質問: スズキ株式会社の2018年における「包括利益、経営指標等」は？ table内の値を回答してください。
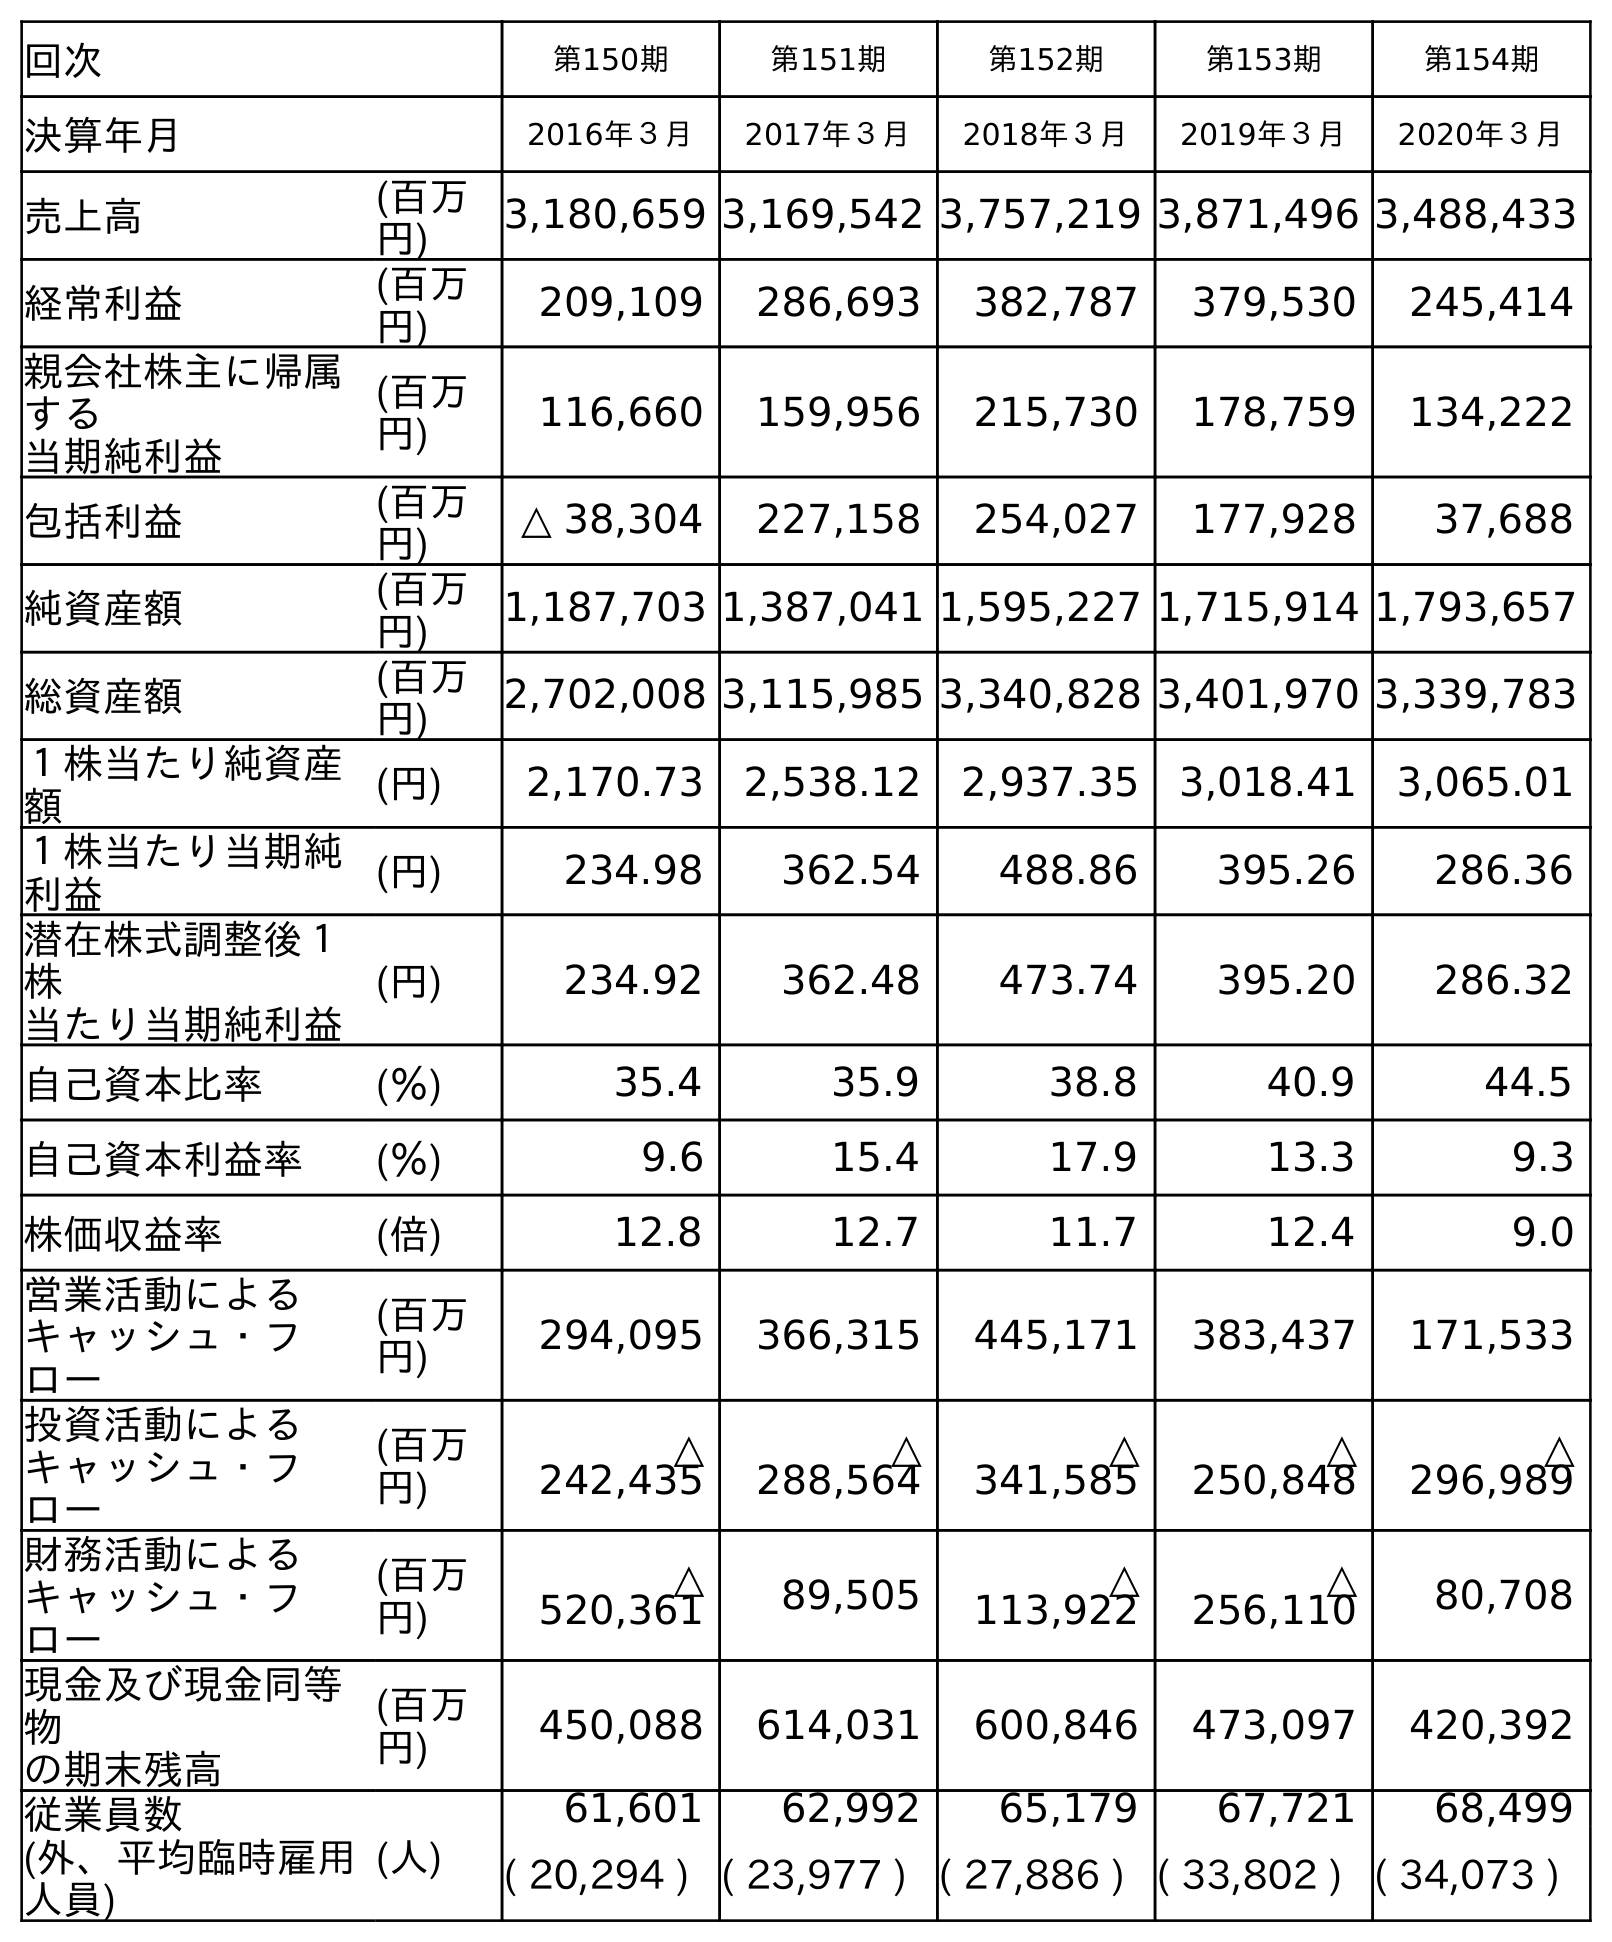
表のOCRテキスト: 回次 第150期 第151期 第152期 第153期 第154期 決算年月 2016年３月 2017年３月 2018年３月 2019年３月 2020年３月 売上高 (百万 円) 3,180,659 3,169,542 3,757,219 3,871,496 3,488,433 経常利益 (百万 円) 209,109 286,693 382,787 379,530 245,414 親会社株主に帰属 する 当期純利益 (百万 円) 116,660 159,956 215,730 178,759 134,222 包括利益 (百万 円) △ 38,304 227,158 254,027 177,928 37,688 純資産額 (百万 円) 1,187,703 1,387,041 1,595,227 1,715,914 1,793,657 総資産額 (百万 円) 2,702,008 3,115,985 3,340,828 3,401,970 3,339,783 １株当たり純資産 額 (円) 2,170.73 2,538.12 2,937.35 3,018.41 3,065.01 １株当たり当期純 利益 (円) 234.98 362.54 488.86 395.26 286.36 潜在株式調整後１ 株 当たり当期純利益 (円) 234.92 362.48 473.74 395.20 286.32 自己資本比率 (％) 35.4 35.9 38.8 40.9 44.5 自己資本利益率 (％) 9.6 15.4 17.9 13.3 9.3 株価収益率 (倍) 12.8 12.7 11.7 12.4 9.0 営業活動による キャッシュ・フ ロー (百万 円) 294,095 366,315 445,171 383,437 171,533 投資活動による キャッシュ・フ ロー (百万 円) △ 242,435 △ 288,564 △ 341,585 △ 250,848 △ 296,989 財務活動による キャッシュ・フ ロー (百万 円) △ 520,361 89,505 △ 113,922 △ 256,110 80,708 現金及び現金同等 物 の期末残高 (百万 円) 450,088 614,031 600,846 473,097 420,392 従業員数 (外、平均臨時雇用 人員) (人) 61,601 62,992 65,179 67,721 68,499 ( 20,294 ) ( 23,977 ) ( 27,886 ) ( 33,802 ) ( 34,073 )
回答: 254,027